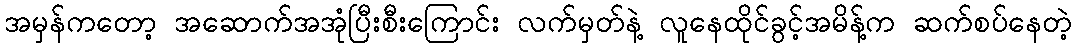
အမှန်ကတော့ အဆောက်အအုံပြီးစီးကြောင်း လက်မှတ်နဲ့ လူနေထိုင်ခွင့်အမိန့်က ဆက်စပ်နေတဲ့